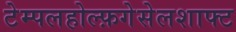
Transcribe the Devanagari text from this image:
टेम्पलहोल्फ़गेसेलशाफ्ट